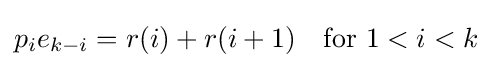
p_{i}e_{k-i}=r(i)+r(i+1)\quad {\text{for }}1<i<k